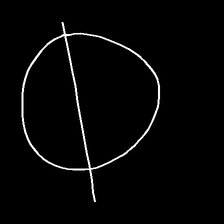
Glyph: orb